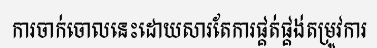
ការចាក់ចោលនេះដោយសារតែការផ្គត់ផ្គង់តម្រូវការ